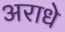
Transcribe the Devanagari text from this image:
अराधे